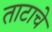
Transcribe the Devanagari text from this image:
ताटाचे